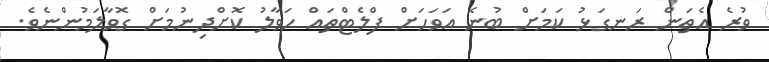
ވުރެ އެތަން ރަނގަޅު ކަމަށް ބުނެ އަވަހަށް ފްލެޓްތައް ހަވާލު ކޮށްދިނުމަށް ގޮވާލަމުންނެވެ.